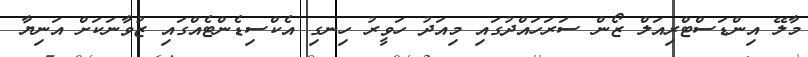
މާލޭ އިންޑަސްޓްރިއަލް ޒޯން ސަރަހައްދުގައި މިއަދު ހަވީރު ހިނގި އެކްސިޑެންޓެއްގައި ޒުވާނަކަށް އަނިޔާ